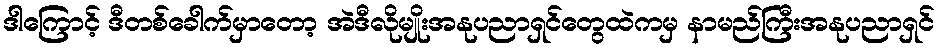
ဒါကြောင့် ဒီတစ်ခေါက်မှာတော့ အဲဒီလိုမျိုးအနုပညာရှင်တွေထဲကမှ နာမည်ကြီးအနုပညာရှင်